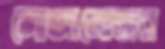
লোজানোভার